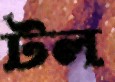
টল